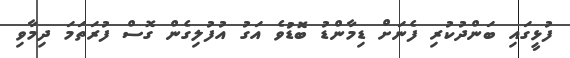
ފުޅީގައި ބަންދުކުރި ފެނަށް ޑިމާންޑު ބޮޑުވެ އަގު އުފުލިގެން ގޮސް ފުރަތަމަ ދިމާވި